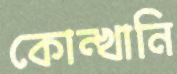
কোন্‌খানি